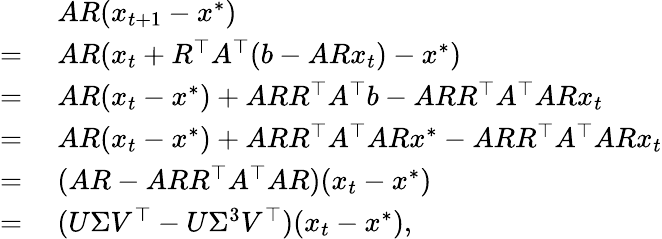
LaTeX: \begin{array}{rl}&{~AR(x_{t+1}-x^{*})}\\ {=}&{~AR(x_{t}+R^{\top}A^{\top}(b-ARx_{t})-x^{*})}\\ {=}&{~AR(x_{t}-x^{*})+ARR^{\top}A^{\top}b-ARR^{\top}A^{\top}ARx_{t}}\\ {=}&{~AR(x_{t}-x^{*})+ARR^{\top}A^{\top}ARx^{*}-ARR^{\top}A^{\top}ARx_{t}}\\ {=}&{~(AR-ARR^{\top}A^{\top}AR)(x_{t}-x^{*})}\\ {=}&{~(U\Sigma V^{\top}-U\Sigma^{3}V^{\top})(x_{t}-x^{*}),}\end{array}